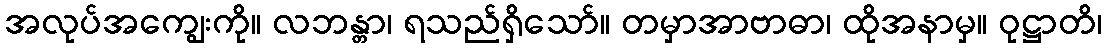
အလုပ်အကျွေးကို။ လဘန္တာ၊ ရသည်ရှိသော်။ တမှာအာဗာဓာ၊ ထိုအနာမှ။ ဝုဋ္ဌာတိ၊